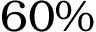
6 0 \%